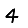
Digit: 4